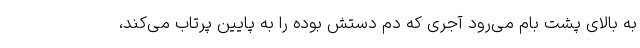
به بالای پشت بام می‌رود آجری که دم دستش بوده را به پایین پرتاب می‌کند،